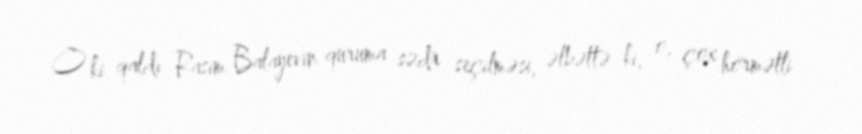
O ki qaldı Rasim Balayevin quruma sədr seçilməsi, əlbəttə ki, o, çox hörmətli